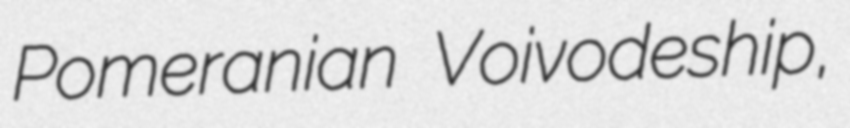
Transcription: Pomeranian Voivodeship,